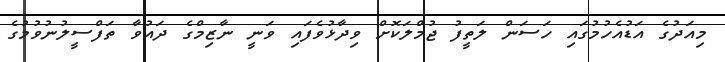
މިއަދުގެ އަޑުއެހުމުގައި ހަސަން ލަތީފު ޖުމްލަކޮށް ވިދާޅުވެފައި ވަނީ ނާޒިމްގެ ދައުވާ ތަފްސީލުނުވުމުގެ